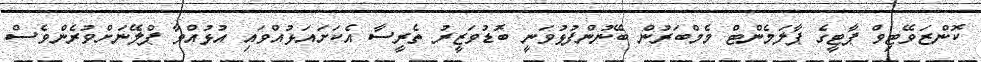
ކޮންޒަވޭޓިވް ޕާޓީގެ ޕާލަމެންޓް މެމްބަރުން ބޭނުންފުޅުވަނީ ބޮޑުވަޒީރު ތެރީސާ އެކަށައަޅުއްވައި އުޅުއްވާ ޕްލޭނަށްވުރެންވެސް